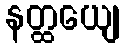
နတ္ထယျေ